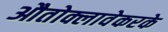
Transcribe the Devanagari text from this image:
औतोक्लावेकरके